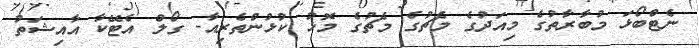
ނެޓްބޯޅަ މުބާރާތުގެ މިއަދުގެ މެޗުގެ މެޗުގެ މޮޅު ކުޅުންތެރިއާ- ގޯލް އެޓޭކާ އާއިޝަތު